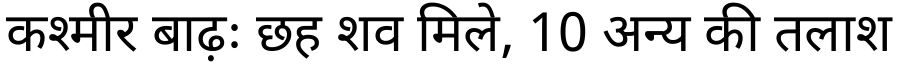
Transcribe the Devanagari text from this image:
कश्मीर बाढ़ः छह शव मिले, 10 अन्य की तलाश